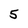
Character: 5